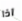
اذا